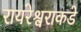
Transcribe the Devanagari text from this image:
रायरेश्वराकडे